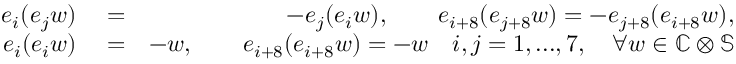
\begin{array} { r l r } { e _ { i } ( e _ { j } w ) } & { { } = } & { - e _ { j } ( e _ { i } w ) , \qquad e _ { i + 8 } ( e _ { j + 8 } w ) = - e _ { j + 8 } ( e _ { i + 8 } w ) , } \\ { e _ { i } ( e _ { i } w ) } & { { } = } & { - w , \qquad e _ { i + 8 } ( e _ { i + 8 } w ) = - w \quad i , j = 1 , . . . , 7 , \quad \forall w \in \mathbb { C } \otimes \mathbb { S } } \end{array}